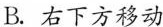
B.右下方移动